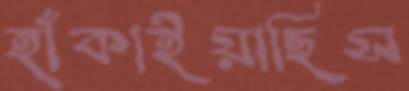
হাঁকাইয়াছিস